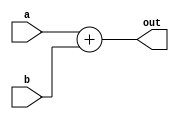
module adder_7bit
(
    input[6:0] a, b,
    output[6:0] out
);
    assign out = a+ b;
endmodule